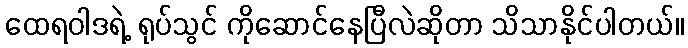
ထေရဝါဒရဲ့ ရုပ်သွင် ကိုဆောင်နေပြီလဲဆိုတာ သိသာနိုင်ပါတယ်။